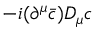
- i ( \partial ^ { \mu } { \bar { c } } ) D _ { \mu } c